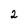
Character: 2